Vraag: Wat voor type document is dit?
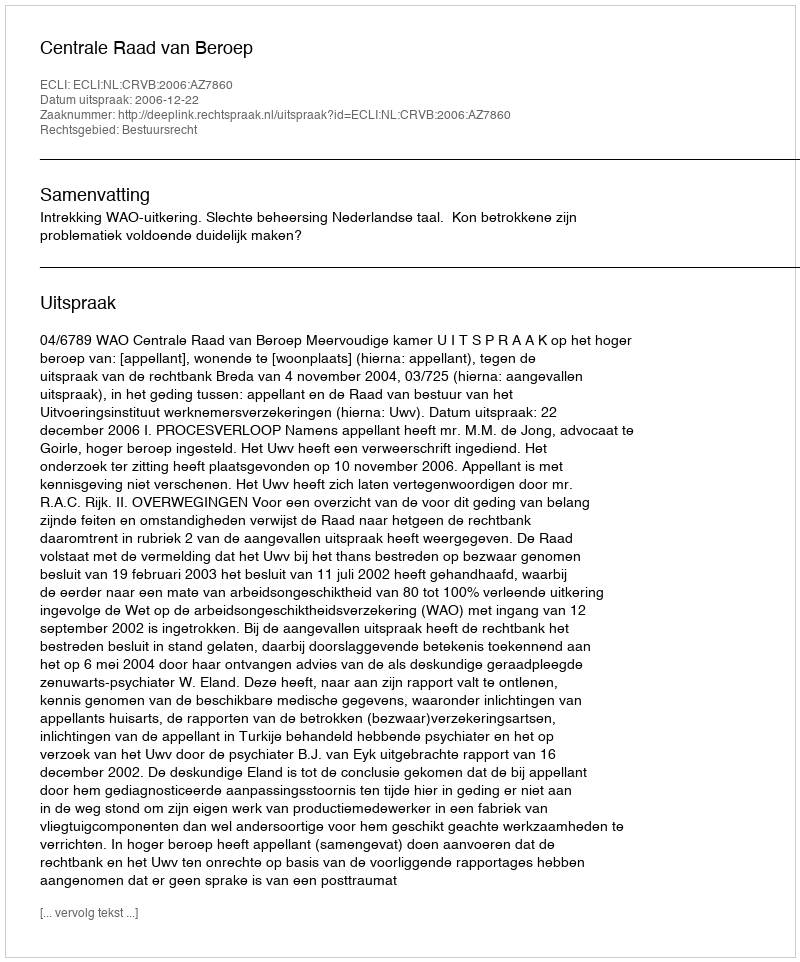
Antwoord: Uitspraak